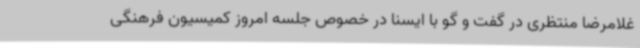
غلامرضا منتظری در گفت و گو با ایسنا در خصوص جلسه امروز کمیسیون فرهنگی